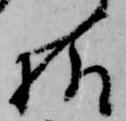
様